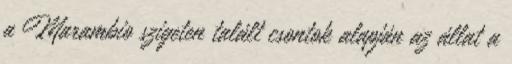
a Marambio szigeten talált csontok alapján az állat a